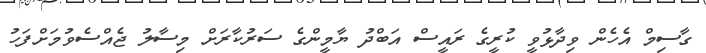
ގާސިމް އެހެން ވިދާޅުވީ ކުރީގެ ރައީސް އަބްދު ޔާމީންގެ ސަރުކާރަށް މިސާލު ޖެއްސެވުމަށްފަހު